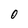
Character: 0